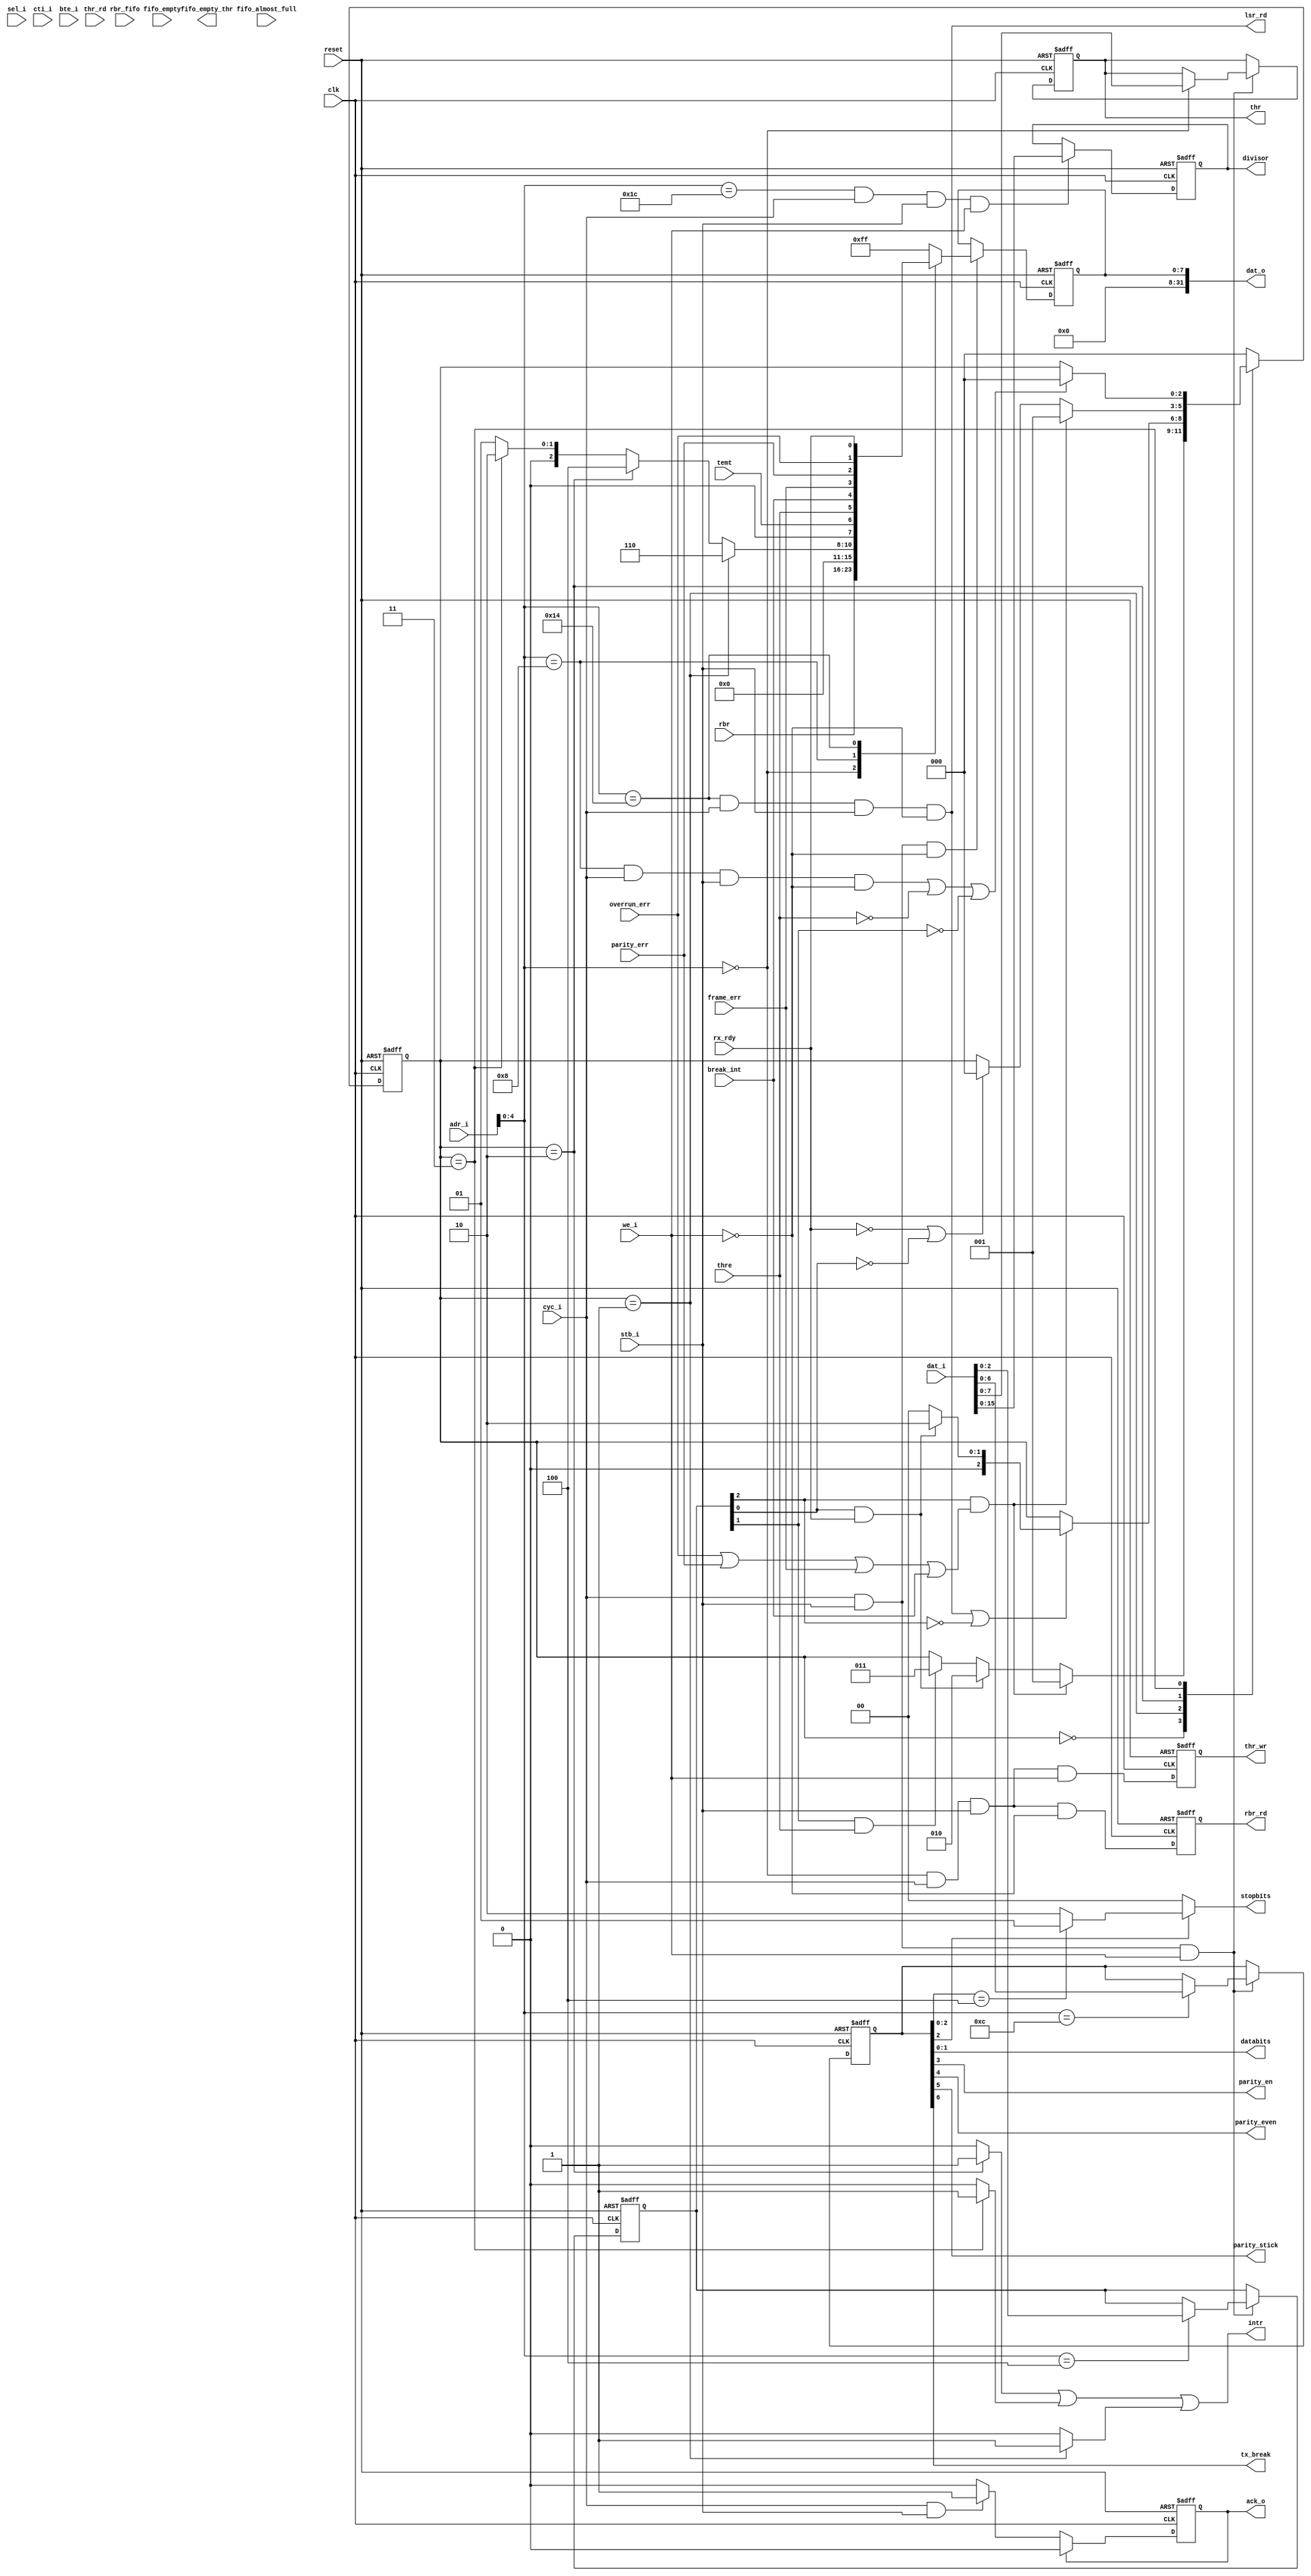
module intface #(parameter CLK_IN_MHZ = 25,
                 parameter BAUD_RATE = 115200,
                 parameter ADDRWIDTH = 5,
                 parameter DATAWIDTH = 8,
                 parameter FIFO = 0) 
       (
        // Global reset and clock
        reset,
        clk,
        // wishbone interface
        adr_i,
        dat_i,
        dat_o,
        stb_i,
        cyc_i,
        we_i,
        sel_i,
        cti_i,
        bte_i,
        ack_o,
        intr,
        // Registers
        rbr,
        rbr_fifo,		
        thr,
        // Rising edge of registers read/write strobes
        rbr_rd,
        thr_wr,
        lsr_rd,
        `ifdef MODEM
        msr_rd,
        msr,
        mcr,
        `endif
        // Receiver/Transmitter control
        databits,
        stopbits,
        parity_en,
        parity_even,
        parity_stick,
        tx_break,
        // Receiver/Transmitter status
        rx_rdy,
        overrun_err,
        parity_err,
        frame_err,
        break_int,
        thre,
        temt,
	fifo_empty,
	fifo_empty_thr,
	thr_rd,
	fifo_almost_full,
	divisor
       ); 
    
    input   reset ;
    input   clk;   
    output  fifo_empty_thr; 
    input   fifo_empty; 
    input   fifo_almost_full;
    input   thr_rd;
    input [31:0] adr_i;
    input [31:0] dat_i;
    input        we_i ; 
    input        stb_i;
    input        cyc_i;
    input [3:0]  sel_i;
    input [2:0]  cti_i;
    input [1:0]  bte_i;

    input [7:0]          rbr_fifo;
    input [DATAWIDTH-1:0] rbr; 
    input                 rx_rdy      ;
    input                 overrun_err ;
    input                 parity_err  ;
    input                 frame_err   ;
    input                 break_int   ;
    input                 thre        ;
    input                 temt        ;
    
    output                  lsr_rd   ;
    output [31:0] dat_o ;
    output                  intr ;
    output                  ack_o;
    output [DATAWIDTH-1:0]  thr  ;  
    output                  rbr_rd;
    output                  thr_wr;  
    
    output [1:0]            databits;
    output [1:0]            stopbits;
    output                  parity_en   ;
    output                  parity_even ;
    output                  parity_stick;
    output                  tx_break    ;
    `ifdef MODEM
    output                  msr_rd   ;
    input  [DATAWIDTH-1:0]  msr   ;
    output [1:0]            mcr  ;  
    `endif
    output [15:0]           divisor;
    
   reg    ack_o;
    
   reg  [DATAWIDTH-1:0] data_8bit ;
   wire [31:0]    dat_o ;
  
   wire [DATAWIDTH-1:0]    thr_fifo;
   reg [DATAWIDTH-1:0]     thr_nonfifo; 	   

 generate
   if (FIFO == 1)
     assign thr  = thr_fifo;
   else
     assign thr  = thr_nonfifo;
 endgenerate


   reg [6:0] lsr;
   reg  [6:0] lcr;

   wire [3:0] 		    iir     ;
  `ifdef MODEM
   reg  [3:0] 		    ier     ;
   `else 
   reg  [2:0] 		    ier     ;
   `endif 
   
   wire 		    rx_rdy_int   ;
   wire 		    thre_int    ;
   wire 		    dataerr_int ;
   wire 		    data_err     ;
   
   wire thr_wr_strobe;
   wire rbr_rd_strobe;
   wire iir_rd_strobe;
   reg iir_rd_strobe_delay;
   wire lsr_rd_strobe;
   wire div_wr_strobe;
   wire lsr_rd;
   reg lsr2_r, lsr3_r, lsr4_r;

   reg  thr_wr;
   wire rbr_rd_fifo;	   	   
   reg  rbr_rd_nonfifo;

 generate
   if (FIFO == 1)
     assign rbr_rd  = rbr_rd_fifo;
   else
     assign rbr_rd  = rbr_rd_nonfifo;
 endgenerate

   `ifdef MODEM 
   wire  modem_stat   ;
   wire  modem_int   ;
   wire  msr_rd_strobe;
   wire  msr_rd   ; 
   reg  [1:0]  mcr     ;  
   reg         msr_rd_strobe_detect;
   `endif

// FIFO signals for FIFO mode
   wire         fifo_full_thr;
   wire         fifo_empty_thr;
   wire         fifo_almost_full_thr;
   wire         fifo_almost_empty_thr;
   wire [8:0]   fifo_din_thr;
   reg          fifo_wr_thr;
   reg          fifo_wr_q_thr;
   wire         fifo_wr_pulse_thr;

   // UART baud 16x clock generator
   reg [15:0]   divisor;
   always @(posedge clk or posedge reset) begin
      if (reset)
        divisor <= ((CLK_IN_MHZ*1000*1000)/(BAUD_RATE));
      else if (div_wr_strobe)
        divisor <= dat_i[15:0];
   end

   // UART Registers Address Map
   parameter A_RBR = 5'b00000;
   parameter A_THR = 5'b00000;
   parameter A_IER = 5'b00100;
   parameter A_IIR = 5'b01000;
   parameter A_LCR = 5'b01100;
   parameter A_LSR = 5'b10100;
   parameter A_DIV = 5'b11100;   
`ifdef MODEM
   parameter A_MSR = 5'b11000;
   parameter A_MCR = 5'b10000;
`endif

  always @(posedge clk or posedge reset)  begin 
    if (reset)
      thr_wr <= 1'b0;
    else 
      thr_wr <= thr_wr_strobe;
   end 

  assign lsr_rd = lsr_rd_strobe;

  assign rbr_rd_fifo = rbr_rd_strobe;

  always @(posedge clk or posedge reset)  begin 
   if (reset)
     rbr_rd_nonfifo <= 1'b0;
    else 
     rbr_rd_nonfifo <= rbr_rd_strobe;
   end 

   `ifdef MODEM

   assign  msr_rd = msr_rd_strobe;

   `endif
  
   ////////////////////////////////////////////////////////////////////////////////
   // Registers Read/Write Control Signals
   ////////////////////////////////////////////////////////////////////////////////
 generate
   if (FIFO == 1)
     assign thr_wr_strobe = (adr_i[ADDRWIDTH-1:0] == A_THR) &&  cyc_i && stb_i &&  we_i && ~fifo_full_thr && ~ack_o;
   else
     assign thr_wr_strobe = (adr_i[ADDRWIDTH-1:0] == A_THR) &&  cyc_i && stb_i &&  we_i;
 endgenerate

 generate
   if (FIFO == 1)
     assign rbr_rd_strobe = (adr_i[ADDRWIDTH-1:0] == A_RBR) &&  cyc_i && stb_i && ~we_i && ~fifo_empty && ~ack_o;
   else
     assign rbr_rd_strobe = (adr_i[ADDRWIDTH-1:0] == A_RBR) &&  cyc_i && stb_i && ~we_i;
 endgenerate

 generate
   if (FIFO == 1)
     assign iir_rd_strobe = (adr_i[ADDRWIDTH-1:0] == A_IIR) &&  cyc_i && stb_i && ~we_i && ~ack_o;  
   else 	   
     assign iir_rd_strobe = (adr_i[ADDRWIDTH-1:0] == A_IIR) &&  cyc_i && stb_i && ~we_i;
 endgenerate 

 generate
   if (FIFO == 1)
     assign lsr_rd_strobe = (adr_i[ADDRWIDTH-1:0] == A_LSR) &&  cyc_i && stb_i && ~we_i && ~ack_o; 
   else    	
     assign lsr_rd_strobe = (adr_i[ADDRWIDTH-1:0] == A_LSR) &&  cyc_i && stb_i && ~we_i;  
 endgenerate 
 
 `ifdef MODEM 
   assign msr_rd_strobe = (adr_i[ADDRWIDTH-1:0] == A_MSR) &&  cyc_i && stb_i && ~we_i;
 `endif
 
   assign div_wr_strobe = (adr_i[ADDRWIDTH-1:0] == A_DIV) &&  cyc_i && stb_i &&  we_i;  
   
  ////////////////////////////////////////////////////////////////////////////////
  // Registers Read/Write Operation
  ////////////////////////////////////////////////////////////////////////////////
 generate
  if (FIFO == 1) begin
   always @(cyc_i or stb_i or we_i or adr_i or rbr_fifo or iir 
	   `ifdef MODEM
           or msr
	   `endif 
	   or lsr)
   begin
     case (adr_i[ADDRWIDTH-1:0])
       A_RBR: data_8bit <= rbr_fifo;
       A_IIR: data_8bit <= {4'b0000, iir};
       A_LSR: data_8bit <= {1'b0,lsr};
       `ifdef MODEM
       A_MSR: data_8bit <= msr;
       `endif
       default: data_8bit <= 8'b11111111;
   endcase	   
   end
  end
  else begin	  
  // Register Read
 always @(posedge clk or posedge reset)  begin 
   if (reset)
     data_8bit <= 8'b11111111;
    else if (cyc_i && stb_i && ~we_i)
     case (adr_i[ADDRWIDTH-1:0])
       A_RBR: data_8bit <= rbr;
       A_IIR: data_8bit <= {4'b0000, iir};
       A_LSR: data_8bit <= {1'b0,lsr};
       `ifdef MODEM
       A_MSR: data_8bit <= msr;
       `endif
       default: data_8bit <= 8'b11111111;
   endcase
 end
 end
 endgenerate 
  assign dat_o = {24'h000000,data_8bit};   


generate
if (FIFO == 0)
begin
    always @(posedge clk or posedge reset)  begin
        if (reset) begin
            thr_nonfifo <= 0;
             `ifdef MODEM
           ier <= 4'b0000;
           mcr <= 2'b00;
            `else
           ier <= 3'b000;
            `endif
            lcr <= 7'h00; end 
       else if (cyc_i && stb_i && we_i)
          case (adr_i[ADDRWIDTH-1:0])  
             	A_THR: thr_nonfifo <= dat_i[7:0];
                `ifdef MODEM
               A_IER: ier <= dat_i[3:0];
               A_MCR: mcr <= dat_i[1:0];
                `else 
               A_IER: ier <= dat_i[2:0];
                `endif
               A_LCR: lcr <= dat_i[6:0];
           default: ;
          endcase
      end
end
else 
begin
    always @(posedge clk or posedge reset)  begin
        if (reset) begin
             `ifdef MODEM
           ier <= 4'b0000;
           mcr <= 2'b00;
            `else
           ier <= 3'b000;
            `endif
            lcr <= 7'h00; end 
       else if (cyc_i && stb_i && we_i)
          case (adr_i[ADDRWIDTH-1:0])  
                `ifdef MODEM
               A_IER: ier <= dat_i[3:0];
               A_MCR: mcr <= dat_i[1:0];
                `else 
               A_IER: ier <= dat_i[2:0];
                `endif
               A_LCR: lcr <= dat_i[6:0];
           default: ;
          endcase
end

end

endgenerate

 generate
 if (FIFO == 1) begin
   assign fifo_wr_pulse_thr = thr_wr_strobe;
   assign fifo_din_thr      = dat_i[7:0];
   txcver_fifo TX_FIFO(
	              .Data        (fifo_din_thr),
		      .Clock       (clk),
		      .WrEn        (fifo_wr_pulse_thr),
		      .RdEn        (thr_rd),
		      .Reset       (reset),
		      .Q           (thr_fifo),
		      .Empty       (fifo_empty_thr),
		      .Full        (fifo_full_thr),
		      .AlmostEmpty (fifo_almost_empty_thr),
		      .AlmostFull  (fifo_almost_full_thr)   
	              );
 end
endgenerate

   ////////////////////////////////////////////////////////////////////////////////
   //  Line Control Register
   ////////////////////////////////////////////////////////////////////////////////
   
   // databits : "00"=5-bit, "01"=6-bit, "10"=7-bit, "11"=8-bit
   assign databits = lcr[1:0];
   
   // stopbits : "00"=1-bit, "01"=1.5-bit(5-bit data), "10"=2-bit(6,7,8-bit data)
   assign stopbits = (lcr[2] == 1'b0) ? 2'b00 : (lcr[2:0] == 3'b100) ? 2'b01 : 2'b10;
   
   // parity_en : '0'=Parity Bit Enable, '1'=Parity Bit Disable
   assign parity_en = lcr[3];
   
   // parity_even : '0'=Even Parity Selected, '1'=Odd Parity Selected
   assign parity_even = lcr[4];
   
   // parity_stick : '0'=Stick Parity Disable, '1'=Stick Parity Enable
   assign parity_stick = lcr[5];
   
   // tx_break : '0'=Disable BREAK assertion, '1'=Assert BREAK
   assign tx_break = lcr[6];
   
   ////////////////////////////////////////////////////////////////////////////////
   //  Line Status Register
   ////////////////////////////////////////////////////////////////////////////////
 generate
 if (FIFO == 1) begin
  
   always @(posedge clk or posedge reset)
     if (reset)
       lsr2_r <= 1'b0;
     else if (parity_err)
       lsr2_r  <= 1'b1;
     else if (lsr_rd_strobe)
       lsr2_r  <= 1'b0;

   always @(posedge clk or posedge reset)
     if (reset)
       lsr3_r <= 1'b0;
     else if (frame_err)
       lsr3_r  <= 1'b1;
     else if (lsr_rd_strobe)
       lsr3_r  <= 1'b0;

   always @(posedge clk or posedge reset)
     if (reset)
       lsr4_r <= 1'b0;
     else if (break_int)
       lsr4_r  <= 1'b1;
     else if (lsr_rd_strobe)
       lsr4_r  <= 1'b0;

   always @(posedge clk)
      lsr <= {temt , thre , lsr4_r , lsr3_r , lsr2_r , overrun_err , rx_rdy};
 end
 
 else
 
   always @(temt or thre or break_int or frame_err or parity_err or overrun_err or rx_rdy)
      lsr =  {temt , thre , break_int , frame_err , parity_err , overrun_err , rx_rdy};
       
endgenerate

   ////////////////////////////////////////////////////////////////////////////////
   // Interrupt Arbitrator
   ////////////////////////////////////////////////////////////////////////////////
   
   // Int is the common interrupt line for all internal UART events
`ifdef MODEM
   assign intr = rx_rdy_int | thre_int | dataerr_int | modem_int;
`else
   assign intr = rx_rdy_int | thre_int | dataerr_int;
`endif
   
   // Receiving Data Error Flags including Overrun, Parity, Framing and Break
 generate
   if (FIFO == 1)
     assign data_err = overrun_err | lsr2_r | lsr3_r | lsr4_r;
   else	   
     assign data_err = overrun_err | parity_err | frame_err | break_int;
 endgenerate

   // Whenever bit0, 1, 2,or 3 is set to '1', A_WB Modem Status Interrupt is generated
`ifdef MODEM
   assign modem_stat = msr[0] | msr[1] | msr[2] | msr[3];
`endif

generate
 if (FIFO == 1)
  always @(posedge clk or posedge reset)
     if (reset)
       iir_rd_strobe_delay <= 1'b0;
     else
       iir_rd_strobe_delay <= iir_rd_strobe;
endgenerate

   // State Machine Definition
   parameter  idle = 3'b000;
   parameter  int0 = 3'b001;
   parameter  int1 = 3'b010;
   parameter  int2 = 3'b011;
   parameter  int3 = 3'b100;
   reg [2:0]  cs_state;


generate 
if (FIFO == 1) begin
   always @(posedge clk or posedge reset) begin
        if (reset)
          cs_state <= idle;
        else
          case (cs_state)
            idle: begin
               if (ier[2] == 1'b1 && data_err == 1'b1 )
                 cs_state <= int0;
               else if (ier[0] == 1'b1 && (fifo_almost_full || !fifo_empty) )	       
                 cs_state <= int1;
               else if (ier[1] == 1'b1 && thre == 1'b1)
                 cs_state <= int2;
            `ifdef MODEM
               else if (ier[3] == 1'b1 && modem_stat == 1'b1)
                 cs_state <= int3;
            `endif
            end
            int0: begin
	       if ((lsr_rd_strobe == 1'b1) || (ier[2] == 1'b0)) begin    
		 if (ier[0] == 1'b1 && fifo_almost_full) 
		   cs_state <= int1;
                else	      
	           cs_state <= idle; end
            end
            int1: begin
               if (data_err == 1'b1 && ier[2] == 1'b1)
		  cs_state <= int0;     
	       else if (!fifo_almost_full || (ier[0] == 1'b0))	     	       
	          cs_state <= idle;
            end
            int2: begin
               if (iir_rd_strobe_delay || (thre == 1'b0) || (ier[1] == 1'b0))  	       
                 cs_state <= idle;
            end
           `ifdef MODEM
            int3: begin
               if ((msr_rd_strobe)|| (ier[3] == 1'b0))
                 cs_state <= idle;
            end
           `endif
            default: cs_state <= idle;
          endcase
       end end
       
else  begin
   
   always @(posedge clk or posedge reset) begin
        if (reset)
          cs_state <= idle;
        else
          case (cs_state)
            idle: begin
               if (ier[2] == 1'b1 && data_err == 1'b1)
                 cs_state <= int0;
               else if (ier[0] == 1'b1 && rx_rdy == 1'b1)       	       
                 cs_state <= int1;
               else if (ier[1] == 1'b1 && thre == 1'b1)
                 cs_state <= int2;
            `ifdef MODEM
               else if (ier[3] == 1'b1 && modem_stat == 1'b1)
                 cs_state <= int3;
            `endif
            end
            int0: begin
	       if ((lsr_rd_strobe == 1'b1) || (ier[2] == 1'b0)) begin	      
		 if (ier[0] == 1'b1 && rx_rdy) 
		   cs_state <= int1;
                else	      
	           cs_state <= idle; end
            end
            int1: begin
               if (data_err == 1'b1 && ier[2] == 1'b1)
		  cs_state <= int0;     
	       else if ((rx_rdy == 1'b0) || (ier[0] == 1'b0)) 	       
	           cs_state <= idle;
            end
            int2: begin 	       
	       if (iir_rd_strobe || (thre == 1'b0) || (ier[1] == 1'b0))	       
                 cs_state <= idle;
            end
           `ifdef MODEM
            int3: begin
               if ((msr_rd_strobe)|| (ier[3] == 1'b0))
                 cs_state <= idle;
            end
           `endif
            default: cs_state <= idle;
          endcase
     end
end
endgenerate

 // ACK signal generate
  always @(posedge clk or posedge reset) begin
    if (reset)
      ack_o <= 1'b0;
    else if (ack_o)
      ack_o <= 1'b0;
    else if (cyc_i & stb_i) 
      ack_o <= 1'b1;
 end
   
   // Set Receiver Line Status Interrupt
   assign dataerr_int = (cs_state == int0) ? 1'b1 : 1'b0;
   
   // Set Received Data Available Interrupt
   assign rx_rdy_int  = (cs_state == int1) ? 1'b1 : 1'b0;
   
   // Set thr Empty Interrupt
   assign thre_int    = (cs_state == int2) ? 1'b1 : 1'b0;
   
   // Set MODEM Status Interrupt
   `ifdef MODEM
   assign modem_int   = (cs_state == int3) ? 1'b1 : 1'b0;
   `endif
   
   // Update IIR
   assign iir = (cs_state == int0) ? 4'b0110 :
                (cs_state == int1) ? 4'b0100 :
                (cs_state == int2) ? 4'b0010 :
                 `ifdef MODEM
                (cs_state == int3) ? 4'b0000 :
                 `endif
                4'b0001 ;  // No Interrupt Pending

endmodule